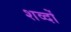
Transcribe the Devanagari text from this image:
शव्‍दों